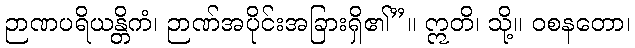
ဉာဏပရိယန္တိကံ၊ ဉာဏ်အပိုင်းအခြားရှိ၏”။ ဣတိ၊ သို့။ ဝစနတော၊